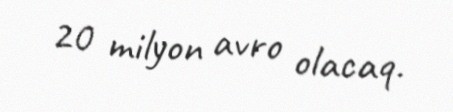
20 milyon avro olacaq.